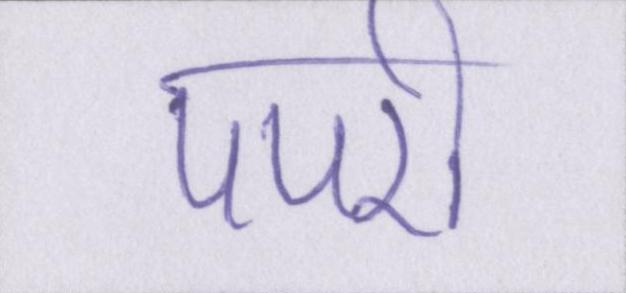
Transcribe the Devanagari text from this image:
पपरी